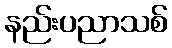
နည်းပညာသစ်